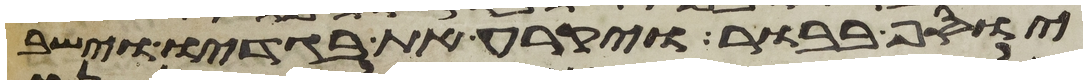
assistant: יוסף בבור ויקרע את בגדיו וישב